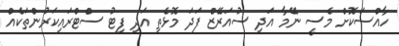
ހާއްސަކޮށް މެސީ ނޭމާ އަދި ސުއަރޭޒް ފަދަ މޮޅެތި އަދި ފިޓު ސްޓްރައިކަރުންތަކެއް